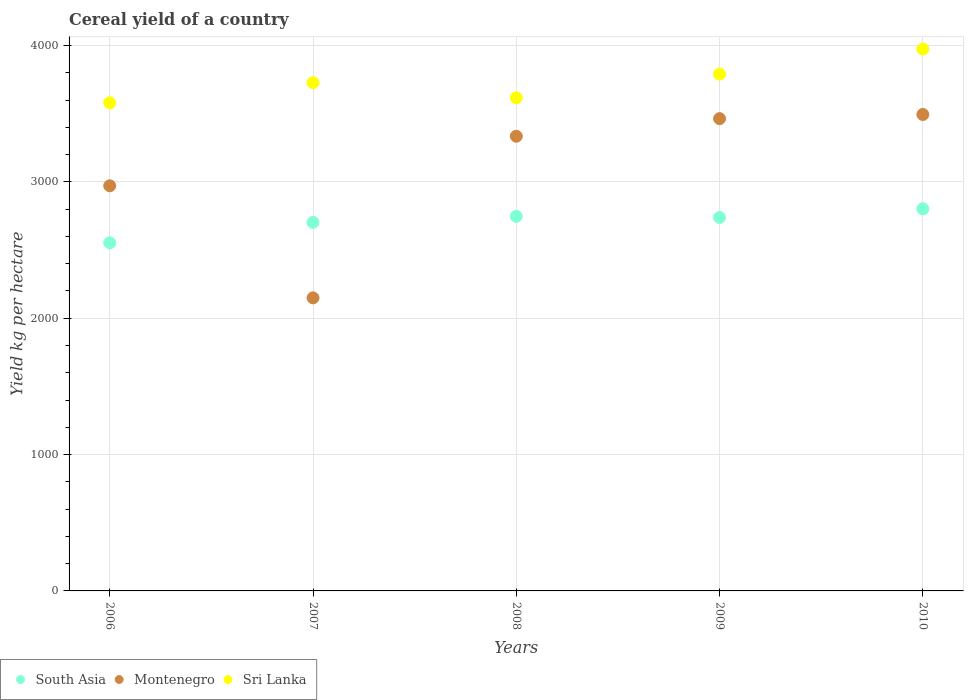
| Years | South Asia | Montenegro | Sri Lanka |
 | --- | --- | --- | --- |
 | 2006 | 2.55e+03 | 2.97e+03 | 3.58e+03 |
 | 2007 | 2.7e+03 | 2.15e+03 | 3.73e+03 |
 | 2008 | 2.75e+03 | 3.33e+03 | 3.62e+03 |
 | 2009 | 2.74e+03 | 3.46e+03 | 3.79e+03 |
 | 2010 | 2.8e+03 | 3.49e+03 | 3.97e+03 |